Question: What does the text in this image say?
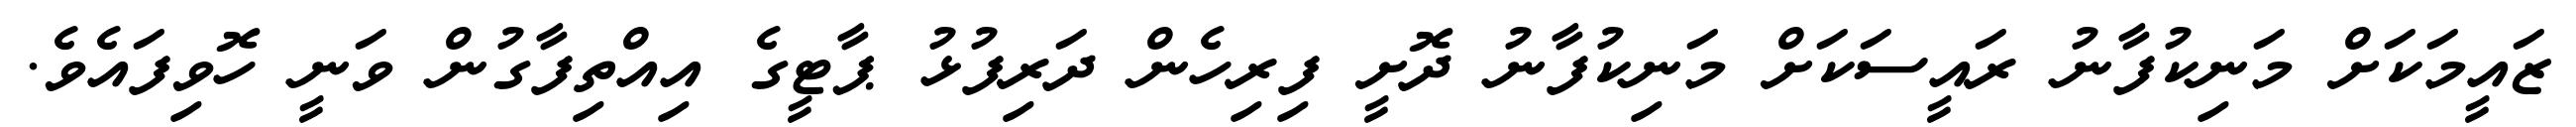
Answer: ޒައީމަކަށް މަނިކުފާނު ރައީސަކަށް މަނިކުފާނު ދޮށީ ފިރިހެން ދަރިފުޅު ޕާޓީގެ އިއްތިފާގުން ވަނީ ހޮވިފައެވެ.